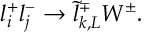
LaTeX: l _ { i } ^ { + } l _ { j } ^ { - } \rightarrow \tilde { l } _ { k , L } ^ { \mp } W ^ { \pm } .